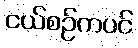
ငယ်စဉ်ကပင်